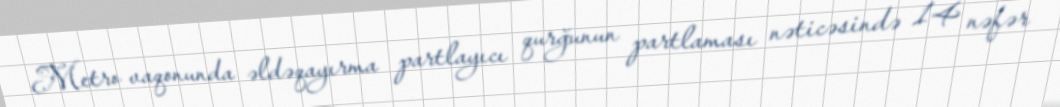
Metro vaqonunda əldəqayırma partlayıcı qurğunun partlaması nəticəsində 14 nəfər